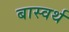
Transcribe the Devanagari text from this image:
बास्वर्थ